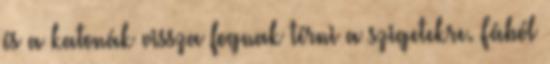
és a katonák vissza fognak térni a szigetekre. Fából